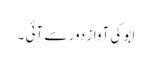
ابو کی آواز دور سے آئی ۔